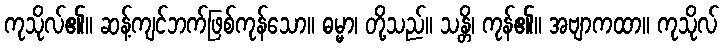
ကုသိုလ်၏။ ဆန့်ကျင်ဘက်ဖြစ်ကုန်သော။ ဓမ္မာ၊ တို့သည်။ သန္တိ၊ ကုန်၏။ အဗျာကထာ။ ကုသိုလ်